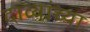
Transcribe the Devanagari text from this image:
दाव्यांच्या